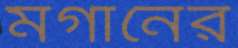
মর্গানের